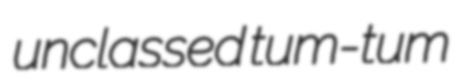
unclassed tum-tum